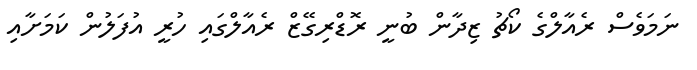
ނަމަވެސް ރެއާލްގެ ކޯޗު ޒިދާން ބުނީ ރޮޑްރިގޭޒް ރެއާލްގައި ހުރީ އުފަލުން ކަމަށާއި